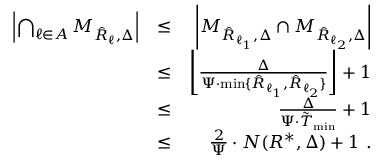
\begin{array} { r l r } { \left| \bigcap _ { \ell \in { \cal A } } { \cal M } _ { \hat { R } _ { \ell } , \Delta } \right| } & { \leq } & { \left| { \cal M } _ { \hat { R } _ { \ell _ { 1 } } , \Delta } \cap { \cal M } _ { \hat { R } _ { \ell _ { 2 } } , \Delta } \right| } \\ & { \leq } & { \left\lfloor \frac { \Delta } { \Psi \cdot \operatorname* { m i n } \{ \hat { R } _ { \ell _ { 1 } } , \hat { R } _ { \ell _ { 2 } } \} } \right\rfloor + 1 } \\ & { \leq } & { \frac { \Delta } { \Psi \cdot \tilde { T } _ { \operatorname* { m i n } } } + 1 } \\ & { \leq } & { \frac { 2 } { \Psi } \cdot N ( { \cal R } ^ { * } , \Delta ) + 1 \ . } \end{array}